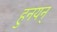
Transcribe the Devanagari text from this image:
हुनयन्